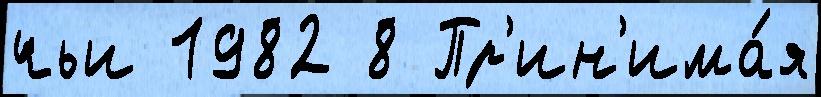
чьи 1982 8 Пр'ин'има́я